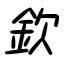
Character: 欽